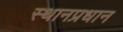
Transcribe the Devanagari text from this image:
स्थानप्रधान